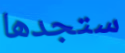
ستجدها